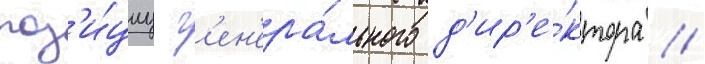
поз'и́циу г'ен'ера́льного д'ир'е́ктора //